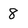
Character: 8